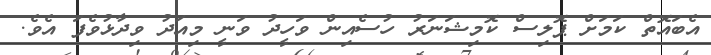
އެބައޮތް ކަމަށް ޕޮލިސް ކޮމިޝަނަރު ހުސެއިން ވަހީދު ވަނީ މިއަދު ވިދާޅުވެފަ އެވެ.